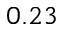
0 . 2 3